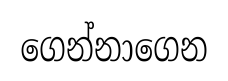
ගෙන්නාගෙන